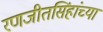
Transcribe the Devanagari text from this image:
रणजीतसिंहांच्या